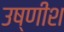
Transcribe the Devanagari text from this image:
उष्णीश